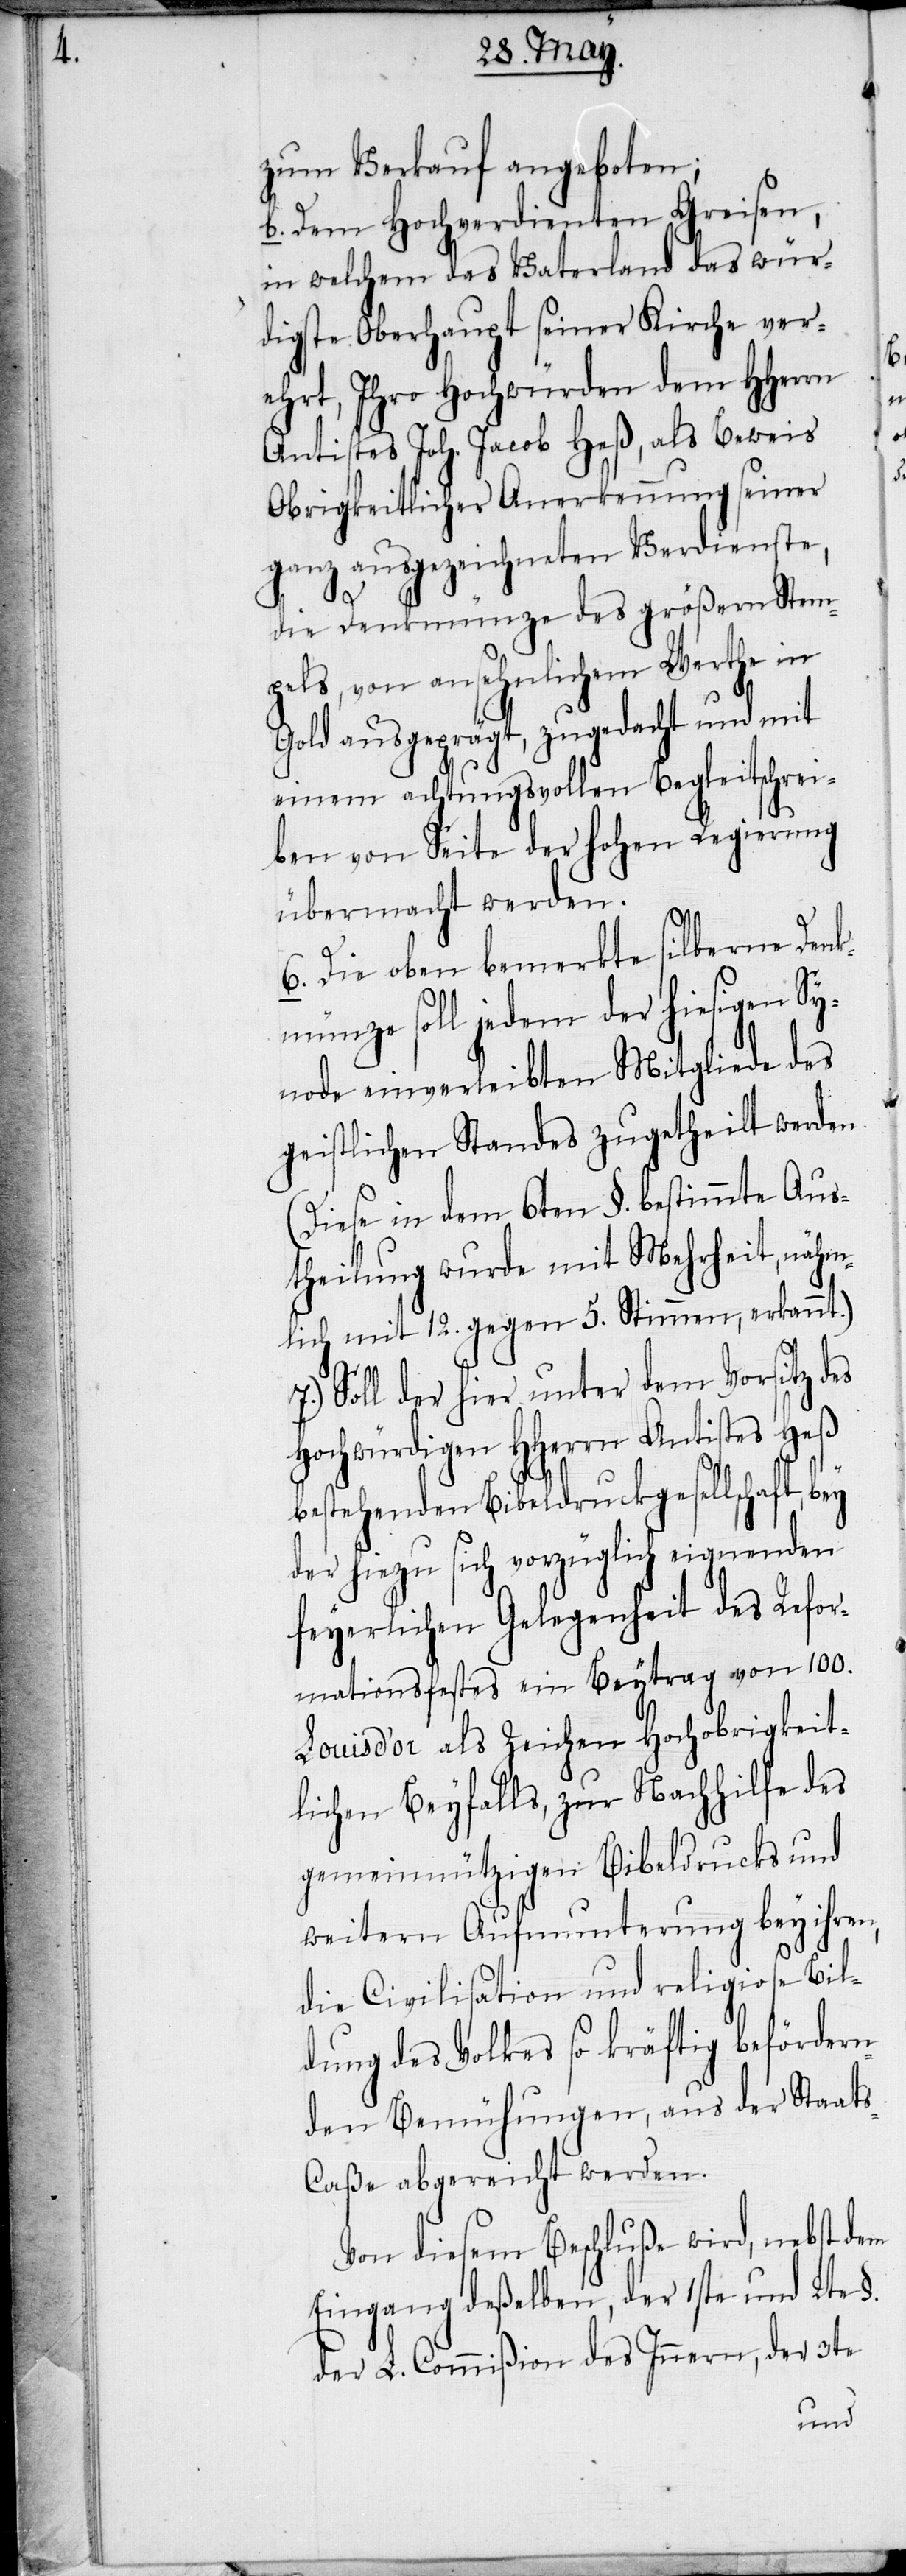
zum Verkauf angeboten;
b. Dem Hochverdienten Greisen,
in welchem das Vaterland das wür¬
digste Oberhaupt seiner Kirche ver¬
ehrt, Ihro Hochwürden dem HHerrn
Antistes Joh. Jacob Heß, als Beweis
Obrigkeitlicher Anerkennung seiner
ganz ausgezeichneten Verdienste,
die Denkmünze des größern Stem¬
pels, von ansehnlichem Werthe in
Gold ausgeprägt, zugedacht und mit
einem achtungsvollen Begleitschrei¬
ben von Seite der hohen Regierung
übermacht werden.
6. Die oben bemerkte silberne Denk¬
münze soll jedem der hiesigen Sy¬
node einverleibten Mitgliede des
geistlichen Standes zugetheilt werden.
(Diese in dem 6ten §. bestimmte Aus¬
theilung wurde mit Mehrheit, nähm¬
lich mit 12. gegen 5. Stimmen, erkannt.)
7.) Soll der hier unter dem Vorsitz des
Hochwürdigen HHerrn Antistes Heß
bestehenden Bibeldruckgesellschaft, bey
der hiezu sich vorzüglich eignenden
feyerlichen Gelegenheit des Refor¬
mationsfestes ein Beytrag von 100.
Louis d’or als Zeichen Hochobrigkeit¬
lichen Beyfalls, zur Nachhilfe des
gemeinnützigen Bibeldrucks und
weitern Aufmunterung bey ihren,
die Civilisation und religiose Bil¬
dung des Volkes so kräftig befördern¬
den Bemühungen, aus der Staat¬
s-Caße abgereicht werden.
Von diesem Beschluße wird, nebst dem
Eingang deßelben, der 1ste und 2te §.
der L. Commißion des Innern, der 3te